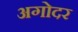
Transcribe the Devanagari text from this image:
अगोदर